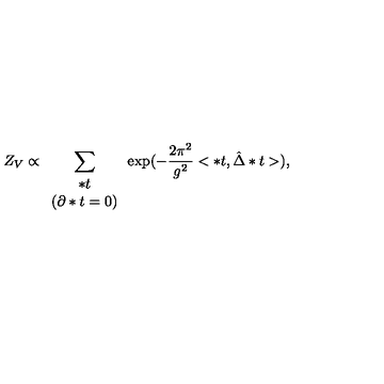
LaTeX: Z _ { V } \propto \sum _ { \begin{array} { c } { * t } \\ { \left( \partial * t = 0 \right) } \\ \end{array} } \exp ( - \frac { 2 \pi ^ { 2 } } { g ^ { 2 } } < * t , \hat { \Delta } * t > ) ,